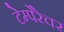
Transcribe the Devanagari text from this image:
टेम्पेरेचर